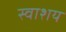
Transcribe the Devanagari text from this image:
स्वाशय